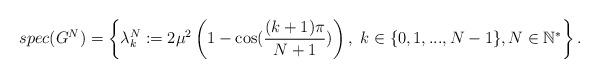
LaTeX: \begin{align*}spec(G^N)=\left\{\lambda^N_k:=2\mu^2\left(1-\cos({{(k+1)\pi}\over{N+1}})\right), \ k\in\{0,1,...,N-1\}, N\in\mathbb{N}^*\right\}.\end{align*}